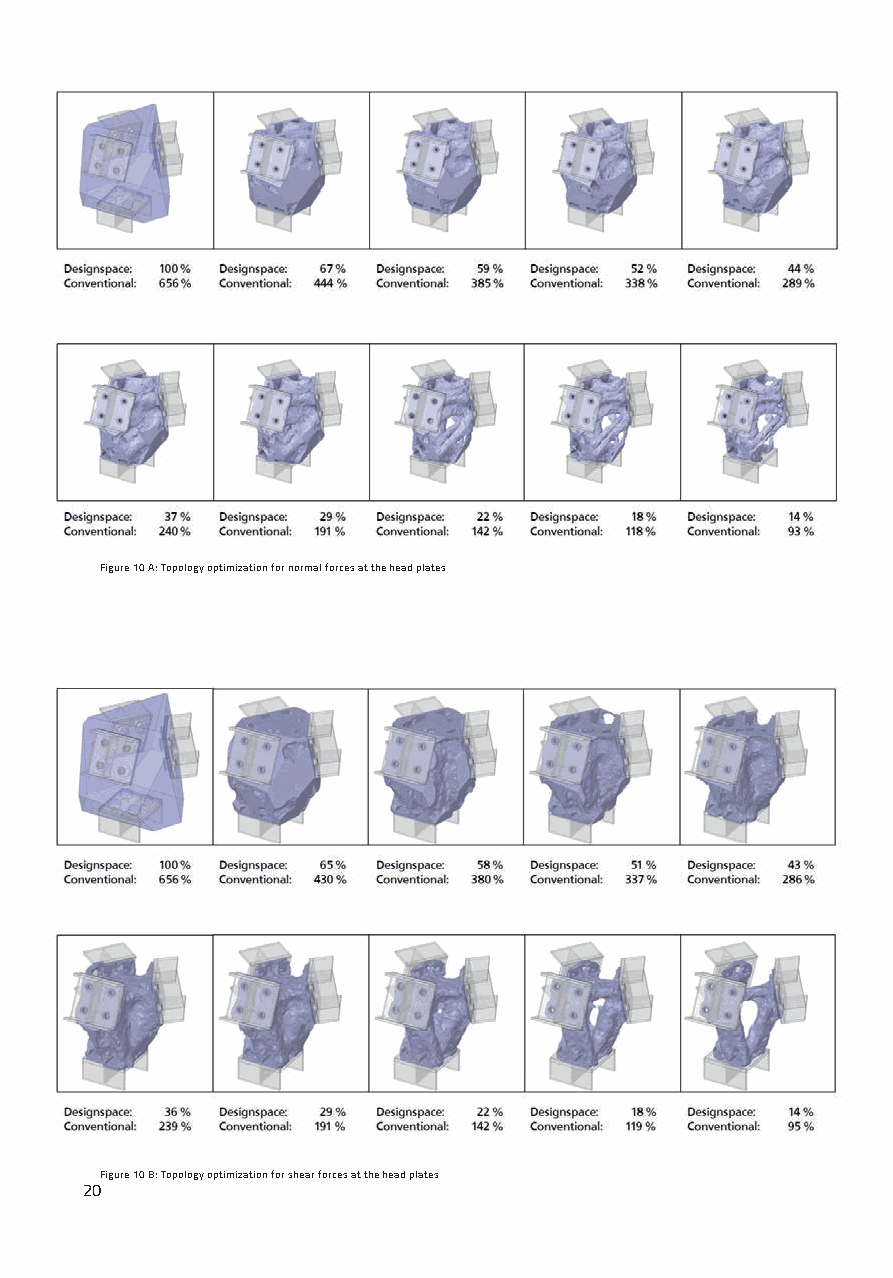
Figure 10 A: Topology optimization for normal forces at the head plates
 Figure 10 B: Topology optimization for shear forces at the head plates
 20